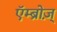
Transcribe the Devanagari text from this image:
एॅम्ब्रोज़्